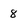
Character: 8